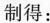
制得：